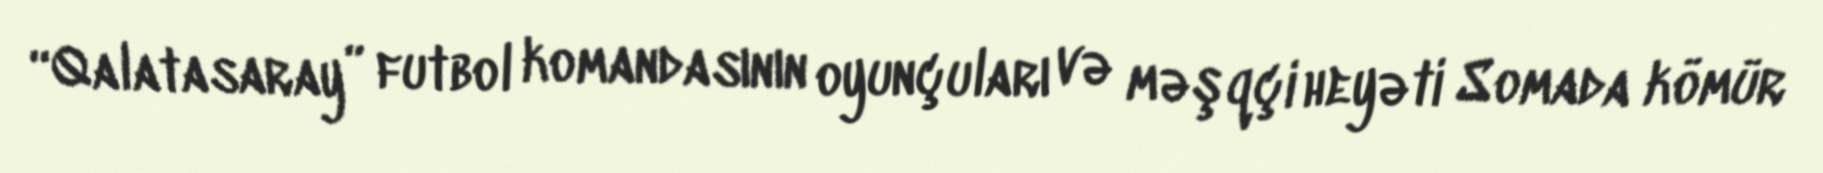
“Qalatasaray” futbol komandasının oyunçuları və məşqçi heyəti Somada kömür